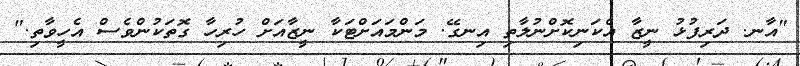
"އާނ. ދަރިފުޅު ނީޒާ އެކަނިކޮށްނުލާތި އިނގޭ. މަންމައަށްޓަކާ ނީޒާއަށް ހުރިހާ ގޮތަކުންވެސް އެހީވާތި."